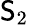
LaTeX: \mathsf{S}_{2}